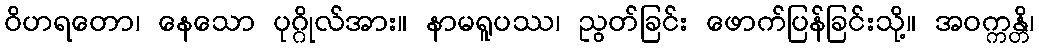
ဝိဟရတော၊ နေသော ပုဂ္ဂိုလ်အား။ နာမရူပဿ၊ ညွတ်ခြင်း ဖောက်ပြန်ခြင်းသို့။ အဝက္ကန္တိ၊